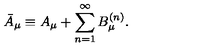
\bar { A } _ { \mu } \equiv A _ { \mu } + \sum _ { n = 1 } ^ { \infty } B _ { \mu } ^ { ( n ) } .